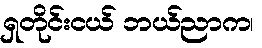
ရှတိုင်းငယ် ဘယ်ညာက၊